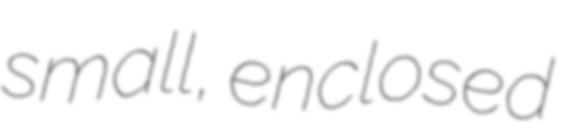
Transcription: small, enclosed